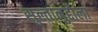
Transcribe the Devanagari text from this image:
सुल्तानुद्दौला